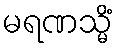
မရဏသ္မိံ